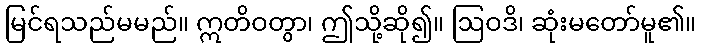
မြင်ရသည်မမည်။ ဣတိဝတွာ၊ ဤသို့ဆို၍။ ဩဝဒိ၊ ဆုံးမတော်မူ၏။